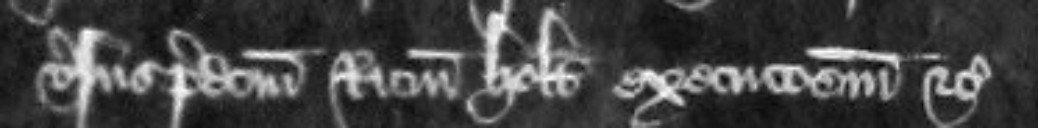
versus predictum Ricardum Holt execucionem etc